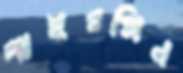
পাইরক্সিন